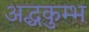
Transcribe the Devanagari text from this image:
अद्धकुम्भ